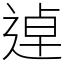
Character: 逴